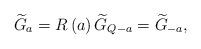
LaTeX: \begin{align*}\widetilde{G}_{a}=R\left( a\right) \widetilde{G}_{Q-a}=\widetilde{G}_{-a},\end{align*}